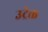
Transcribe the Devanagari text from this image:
उट्रेक्त